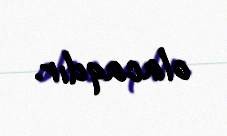
olacaqdır.